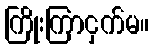
ကြိုးကြာငှက်မ။